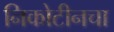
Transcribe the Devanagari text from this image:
निकोटीनचा